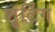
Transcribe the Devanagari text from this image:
शूंटिंग